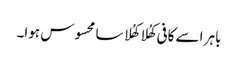
باہر اسے کافی کھُلا کھُلا سا محسوس ہوا۔